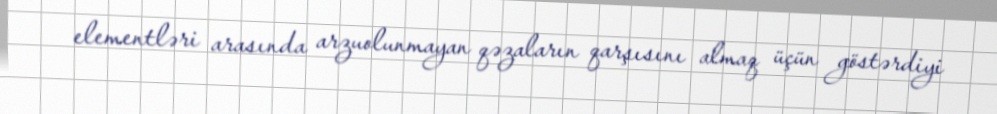
elementləri arasında arzuolunmayan qəzaların qarşısını almaq üçün göstərdiyi